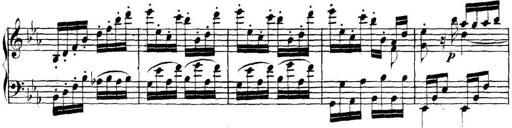
Title: Collected Piano Sonatas
Composer: Muzio Clementi